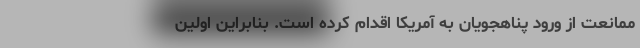
ممانعت از ورود پناهجویان به آمریکا اقدام کرده است. بنابراین اولین